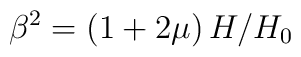
\beta ^{2}=\left( 1+2\mu \right) H/H_{0}\;